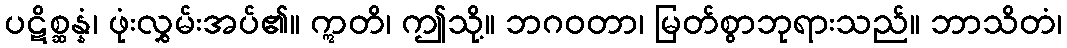
ပဋိစ္ဆန္နံ၊ ဖုံးလွှမ်းအပ်၏။ ဣတိ၊ ဤသို့။ ဘဂဝတာ၊ မြတ်စွာဘုရားသည်။ ဘာသိတံ၊